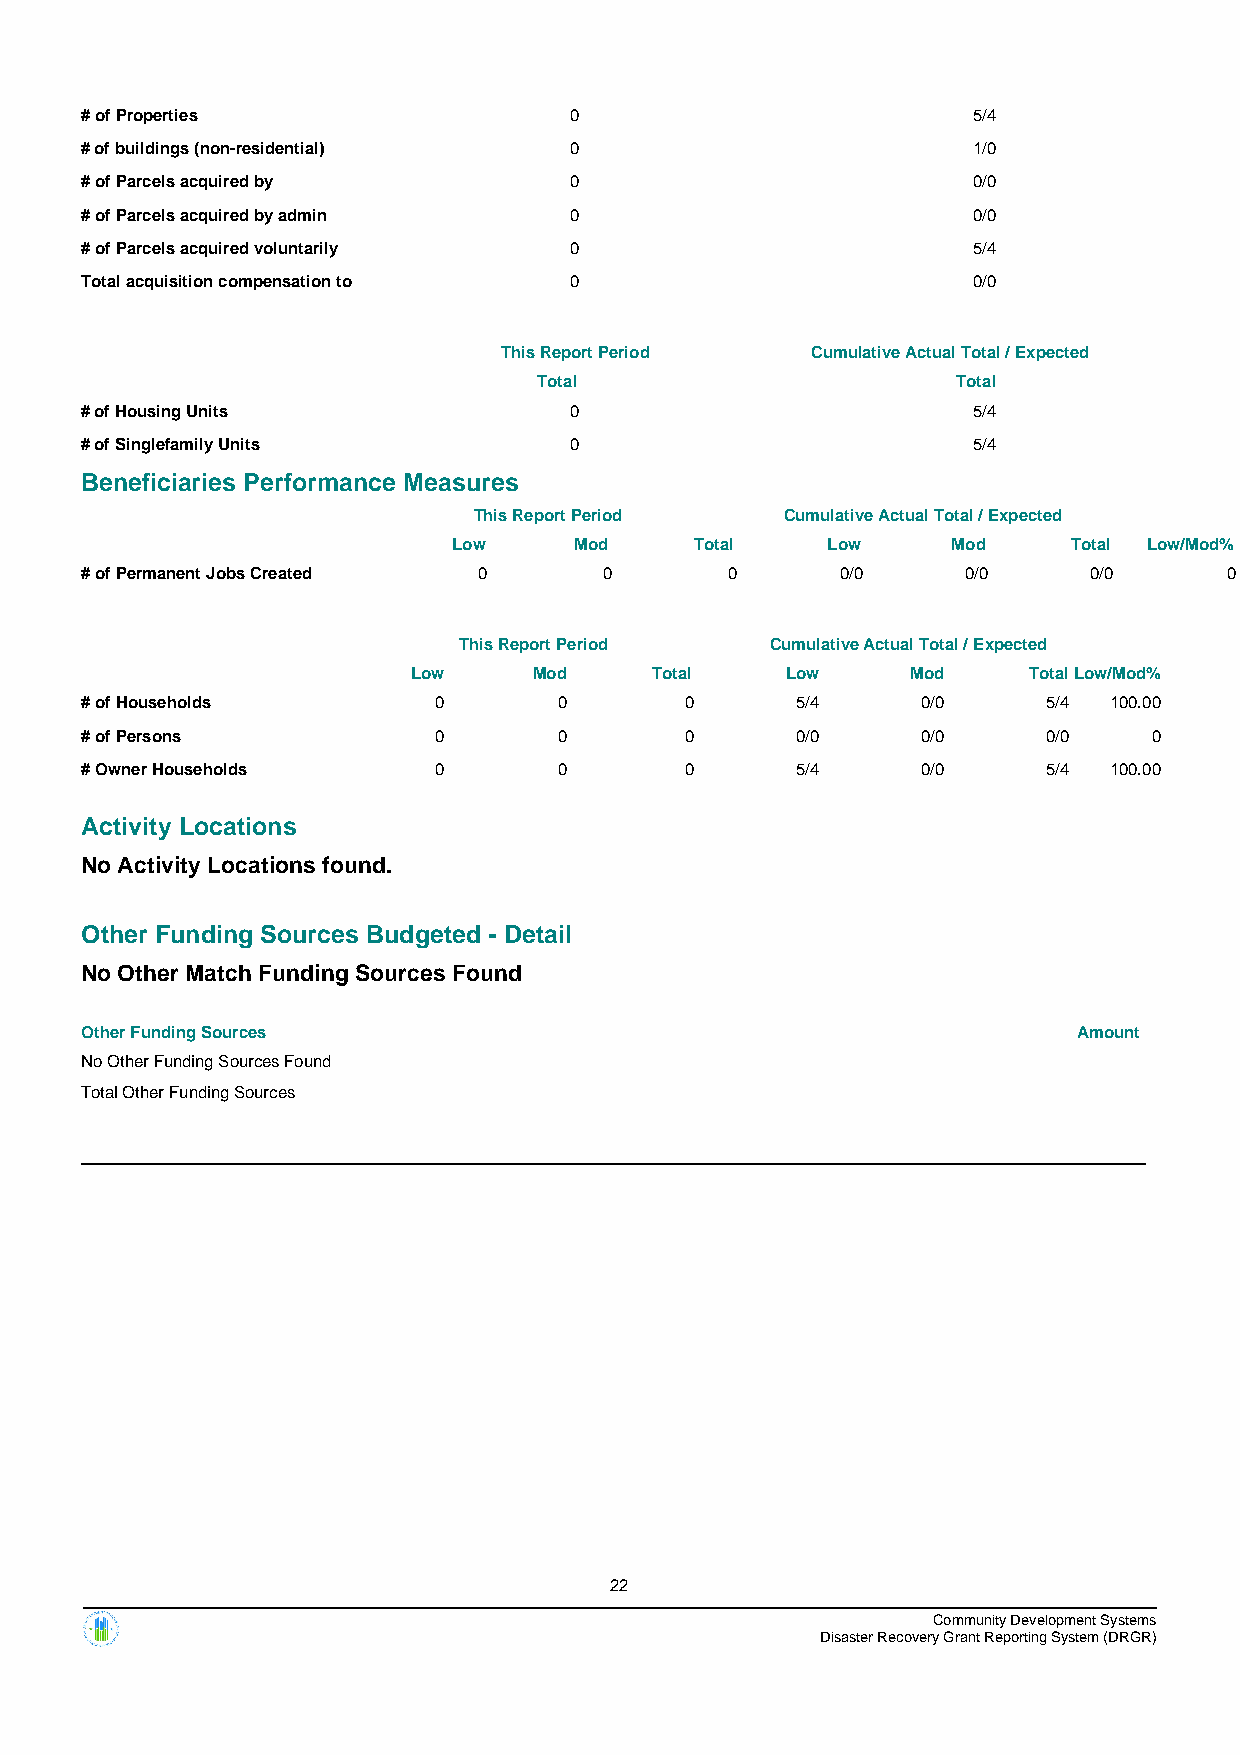
# of Properties                  0                         5/4
 # of buildings (non-residential) 0                         1/0
 # of Parcels acquired by         0                         0/0
 # of Parcels acquired by admin   0                         0/0
 # of Parcels acquired voluntarily 0                        5/4
 Total acquisition compensation to 0                        0/0
 This Report Period   Cumulative Actual Total / Expected
 Total                      Total
 # of Housing Units               0                         5/4
 # of Singlefamily Units          0                         5/4
 Beneficiaries Performance Measures
 This Report Period   Cumulative Actual Total / Expected
 Low     Mod     Total    Low     Mod     Total Low/Mod%
 # of Permanent Jobs Created 0      0       0       0/0     0/0     0/0      0
 This Report Period   Cumulative Actual Total / Expected
 Low     Mod     Total    Low     Mod     TotalLow/Mod%
 # of Households         0       0       0       5/4     0/0     5/4 100.00
 # of Persons            0       0       0       0/0     0/0     0/0    0
 # Owner Households      0       0       0       5/4     0/0     5/4 100.00
 Activity Locations
 No Activity Locations found.
 Other Funding Sources Budgeted - Detail
 No Other Match Funding Sources Found
 Other Funding Sources                                             Amount
 No Other Funding Sources Found
 Total Other Funding Sources
 22
 Community Development Systems
 Disaster Recovery Grant Reporting System (DRGR)